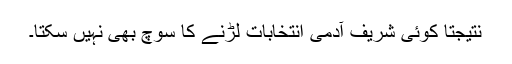
نتیجتاً کوئی شریف آدمی انتخابات لڑنے کا سوچ بھی نہیں سکتا۔